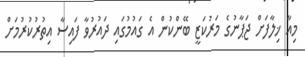
މިއާ ޚިލާފަށް ޖަޕާނުގެ މަރުކަޒީ ބޭންކުން އެ ގައުމުގައި ދައުރުވާ ފައިސާ އިތުރުކުރުމަށް